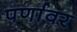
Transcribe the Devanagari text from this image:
पर्णावर